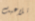
تلاعبت